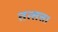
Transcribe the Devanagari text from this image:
तत्सत्ता